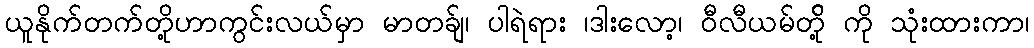
ယူနိုက်တက်တို့ဟာကွင်းလယ်မှာ မာတခ်ျ၊ ပါရဲရား ၊ဒါးလော့၊ ဝီလီယမ်တို့် ကို သုံးထားကာ၊